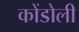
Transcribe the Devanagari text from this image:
कोंडोली